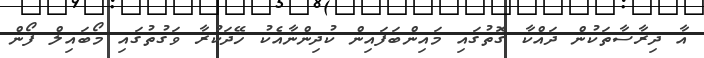
އާ ދިރާސާތަކުން ދައްކާ ގޮތުގައި މައިންބަފައިން ކުދިންނާއެކު ހޭދަކުރާ ވަގުތުގައި މޯބައިލް ފޯން